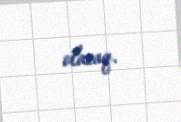
olacaq.